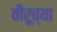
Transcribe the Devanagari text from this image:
वीरूच्या